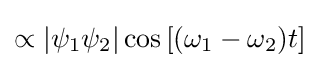
\propto |\psi _{1}\psi _{2}|\cos {[(\omega _{1}-\omega _{2})t]}